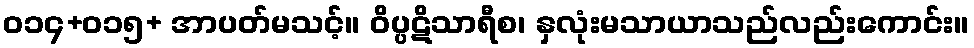
ဝ၁၄+၀၁၅+ အာပတ်မသင့်။ ဝိပ္ပဋိသာရီစ၊ နှလုံးမသာယာသည်လည်းကောင်း။